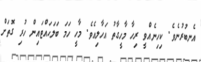
އެނބުރުނެވެ. ކިހިނެއްވީ ރިހާ މާހީގާތު އަހާލިއެވެ. މާހީ ހަމަ ބަލަހައްޓައިން ހުރި ގޮތަށް